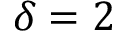
\delta = 2